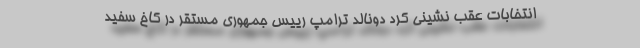
انتخابات عقب نشینی کرد دونالد ترامپ رییس جمهوری مستقر در کاخ سفید